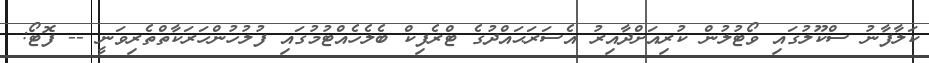
ކަލާފާނު ސްކޫލުގައި ވޯޓުލުން ކުރިއަށްދާއިރު އެސަރަޙައްދުގެ ޓްރެފިކް ބެލެހެއްޓުމުގައި ފުލުހުންހަރަކާތްތެރިވަނީ -- ފޮޓޯ: